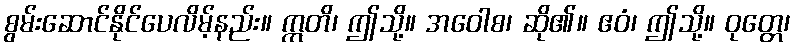
စွမ်းဆောင်နိုင်ပေလိမ့်နည်း။ ဣတိ၊ ဤသို့။ အဝေါစ၊ ဆို၏။ ဧဝံ၊ ဤသို့။ ဝုတ္တေ၊